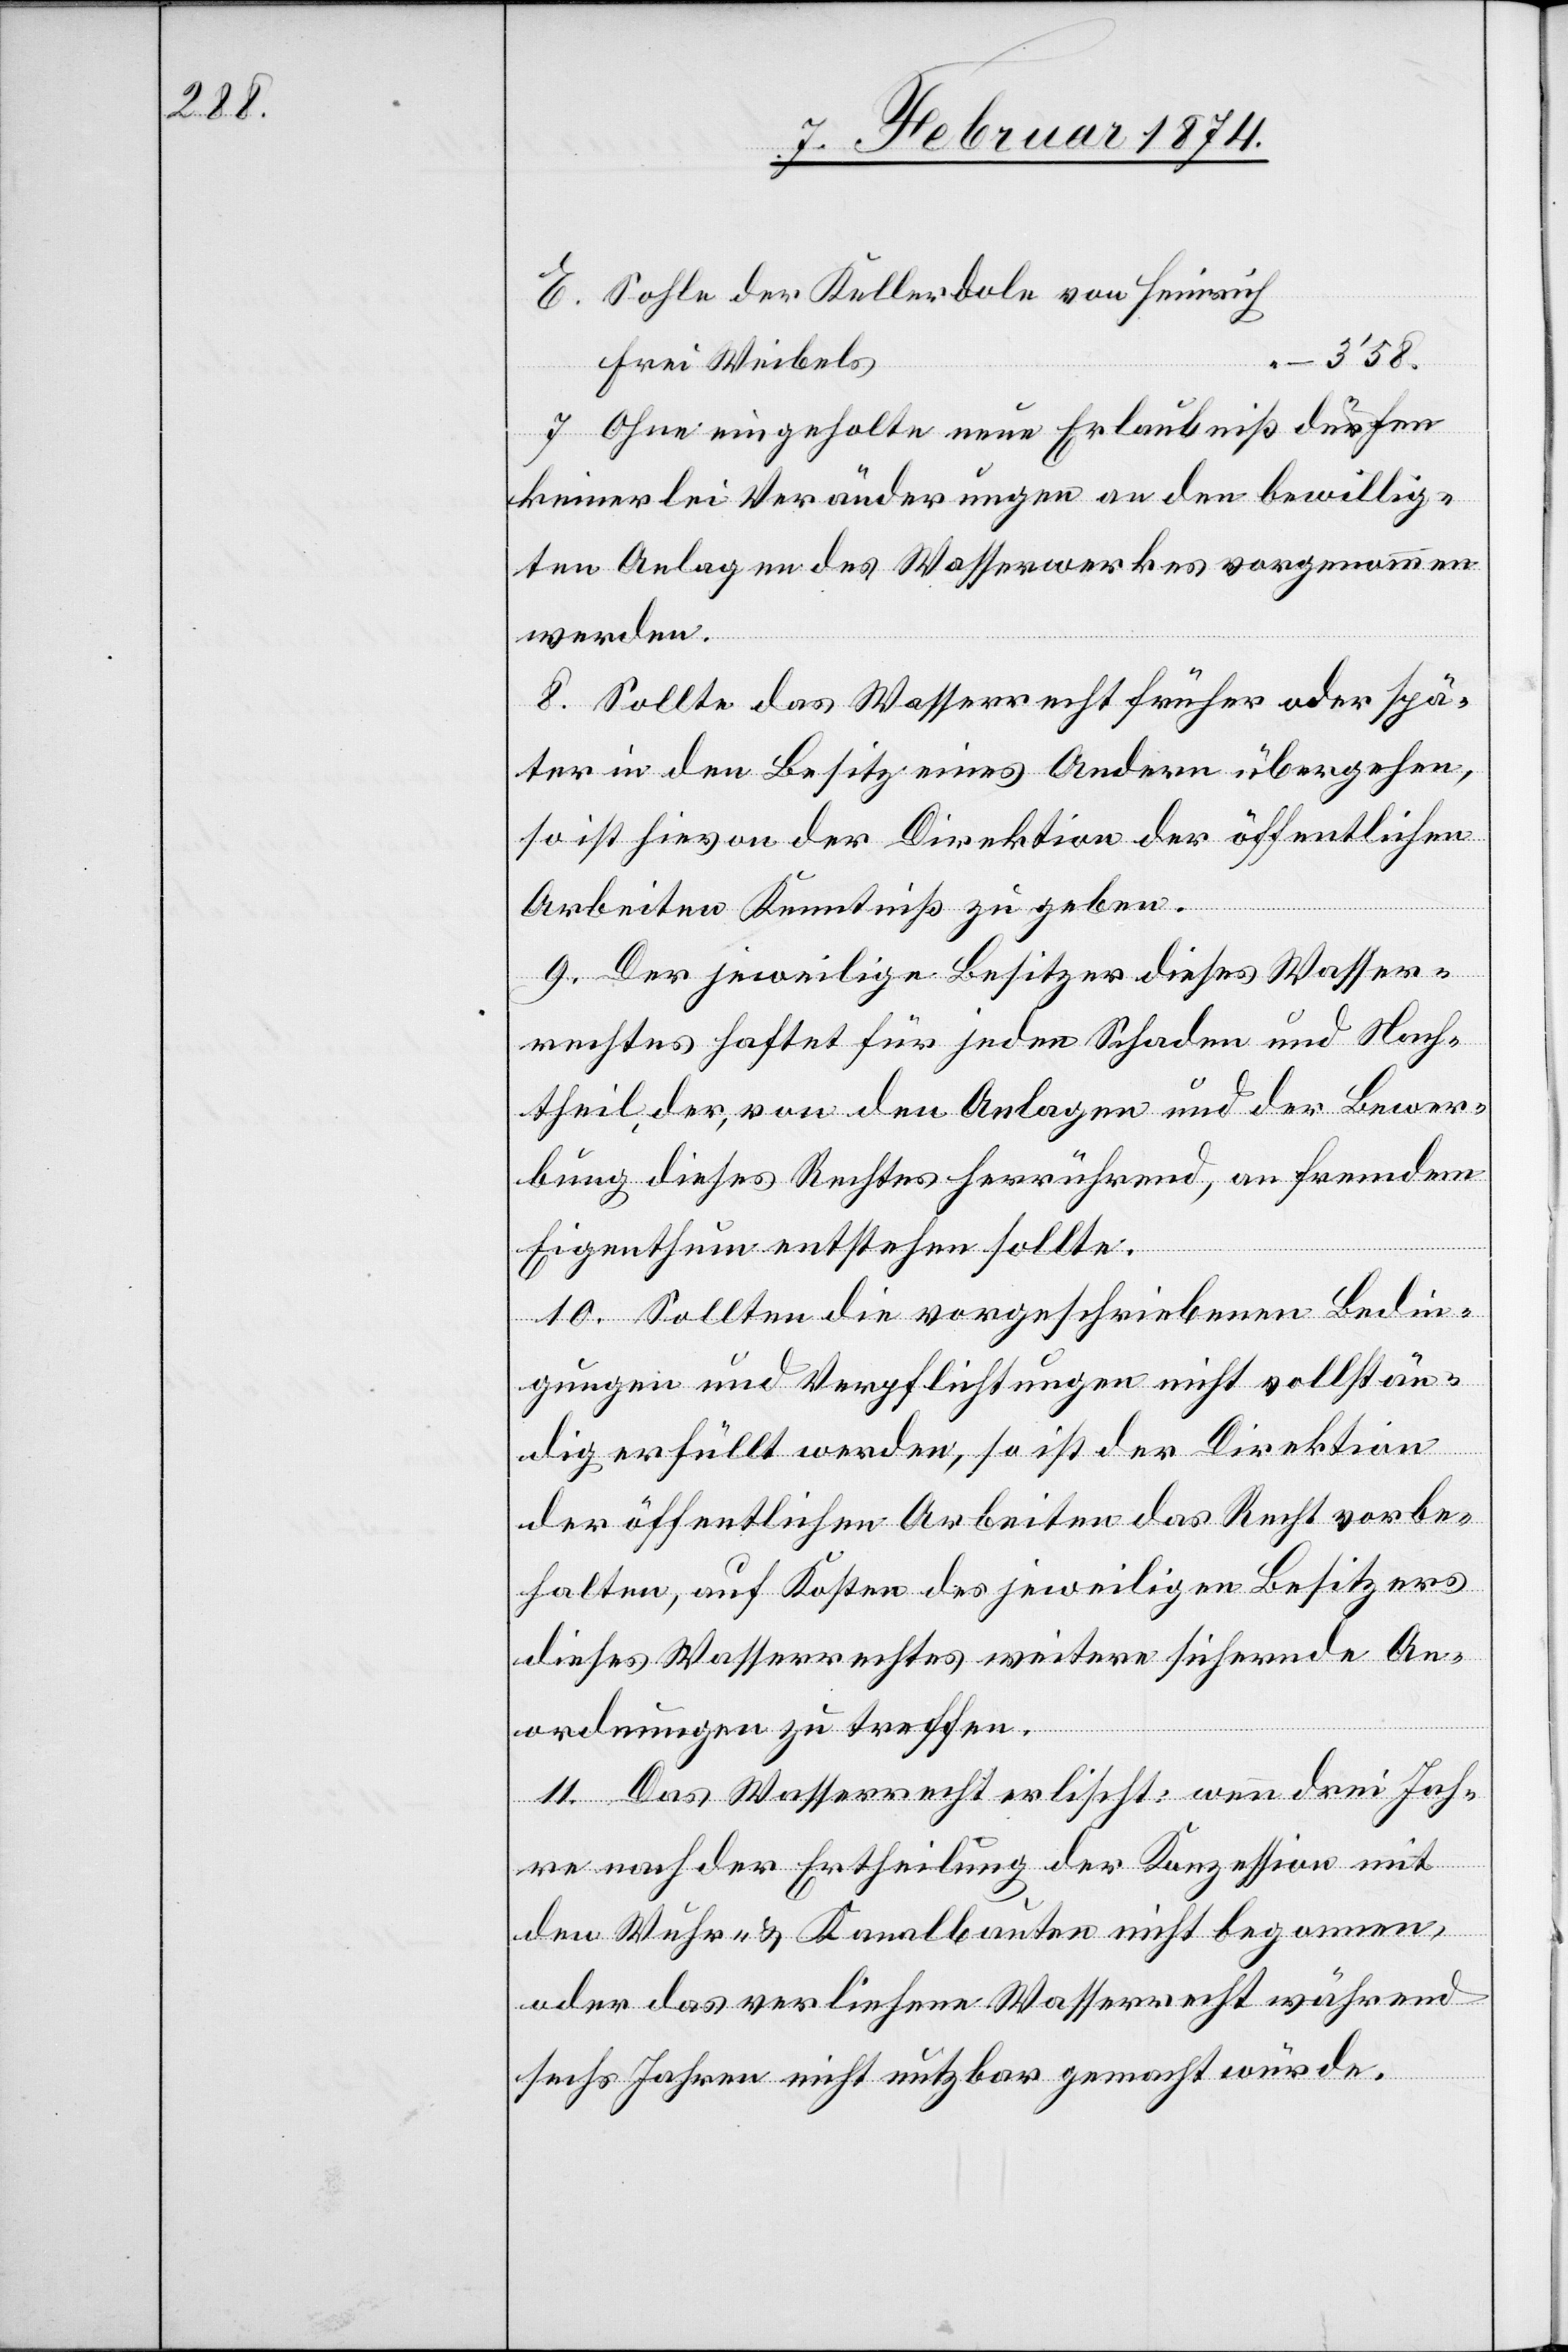
E. Solle der Kellerdole von Heinrich
3’58.
Frei Weibels
7. Ohne eingeholte neue Erlaubniß dürfen
keinerlei Veränderungen an den bewillig¬
ten Anlagen des Wasserwerkes vorgenommen
werden.
8. Sollte das Wasserrecht früher oder spä¬
ter in den Besitz eines Andern übergehen,
so ist hievon der Direktion der öffentlichen
Arbeiten Kenntniß zu geben.
9. Der jeweilige Besitzer dieses Wasser¬
rechtes haftet für jeden Schaden und Nach¬
theil der, von den Anlagen und der Bewer¬
bung dieses Rechtes herrührend, an fremdem
Eigenthum entstehen sollte.
10. Sollten die vorgeschriebenen Bedin¬
gungen und Verpflichtungen nicht vollstän¬
dig erfüllt werden, so ist der Direktion
der öffentlichen Arbeiten das Recht vorbe¬
halten, auf Kosten des jeweiligen Besitzers
dieses Wasserrechtes weitere sichernde An¬
ordnungen zu treffen.
11. Das Wasserrecht erlischt: wenn drei Jah¬
re nach der Ertheilung der Konzession mit
den Wuhr- u. Kanalbauten nicht begonnen,
oder das verliehene Wasserrecht während
sechs Jahren nicht nutzbar gemacht würde.